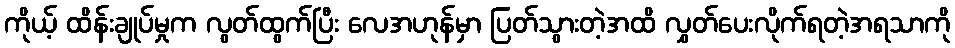
ကိုယ့် ထိန်းချုပ်မှုက လွတ်ထွက်ပြီး လေအဟုန်မှာ ပြတ်သွားတဲ့အထိ လွှတ်ပေးလိုက်ရတဲ့အရသာကို